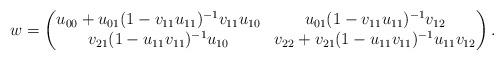
LaTeX: \begin{align*} w = \begin{pmatrix} u_{00} + u_{01}(1-v_{11}u_{11})^{-1} v_{11} u_{10} & u_{01} (1-v_{11}u_{11})^{-1} v_{12} \\ v_{21}(1-u_{11}v_{11})^{-1} u_{10} & v_{22} + v_{21}(1-u_{11}v_{11})^{-1} u_{11}v_{12} \end{pmatrix}.\end{align*}